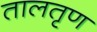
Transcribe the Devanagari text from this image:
तालतृण